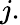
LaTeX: j.